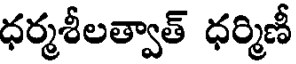
ధర్మశీలత్వాత్ ధర్మిణీ